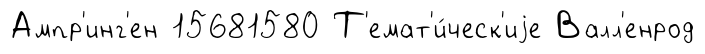
Ампр'инг'ен 15681580 Т'емат'и́ческ'иjе Валл'енрод